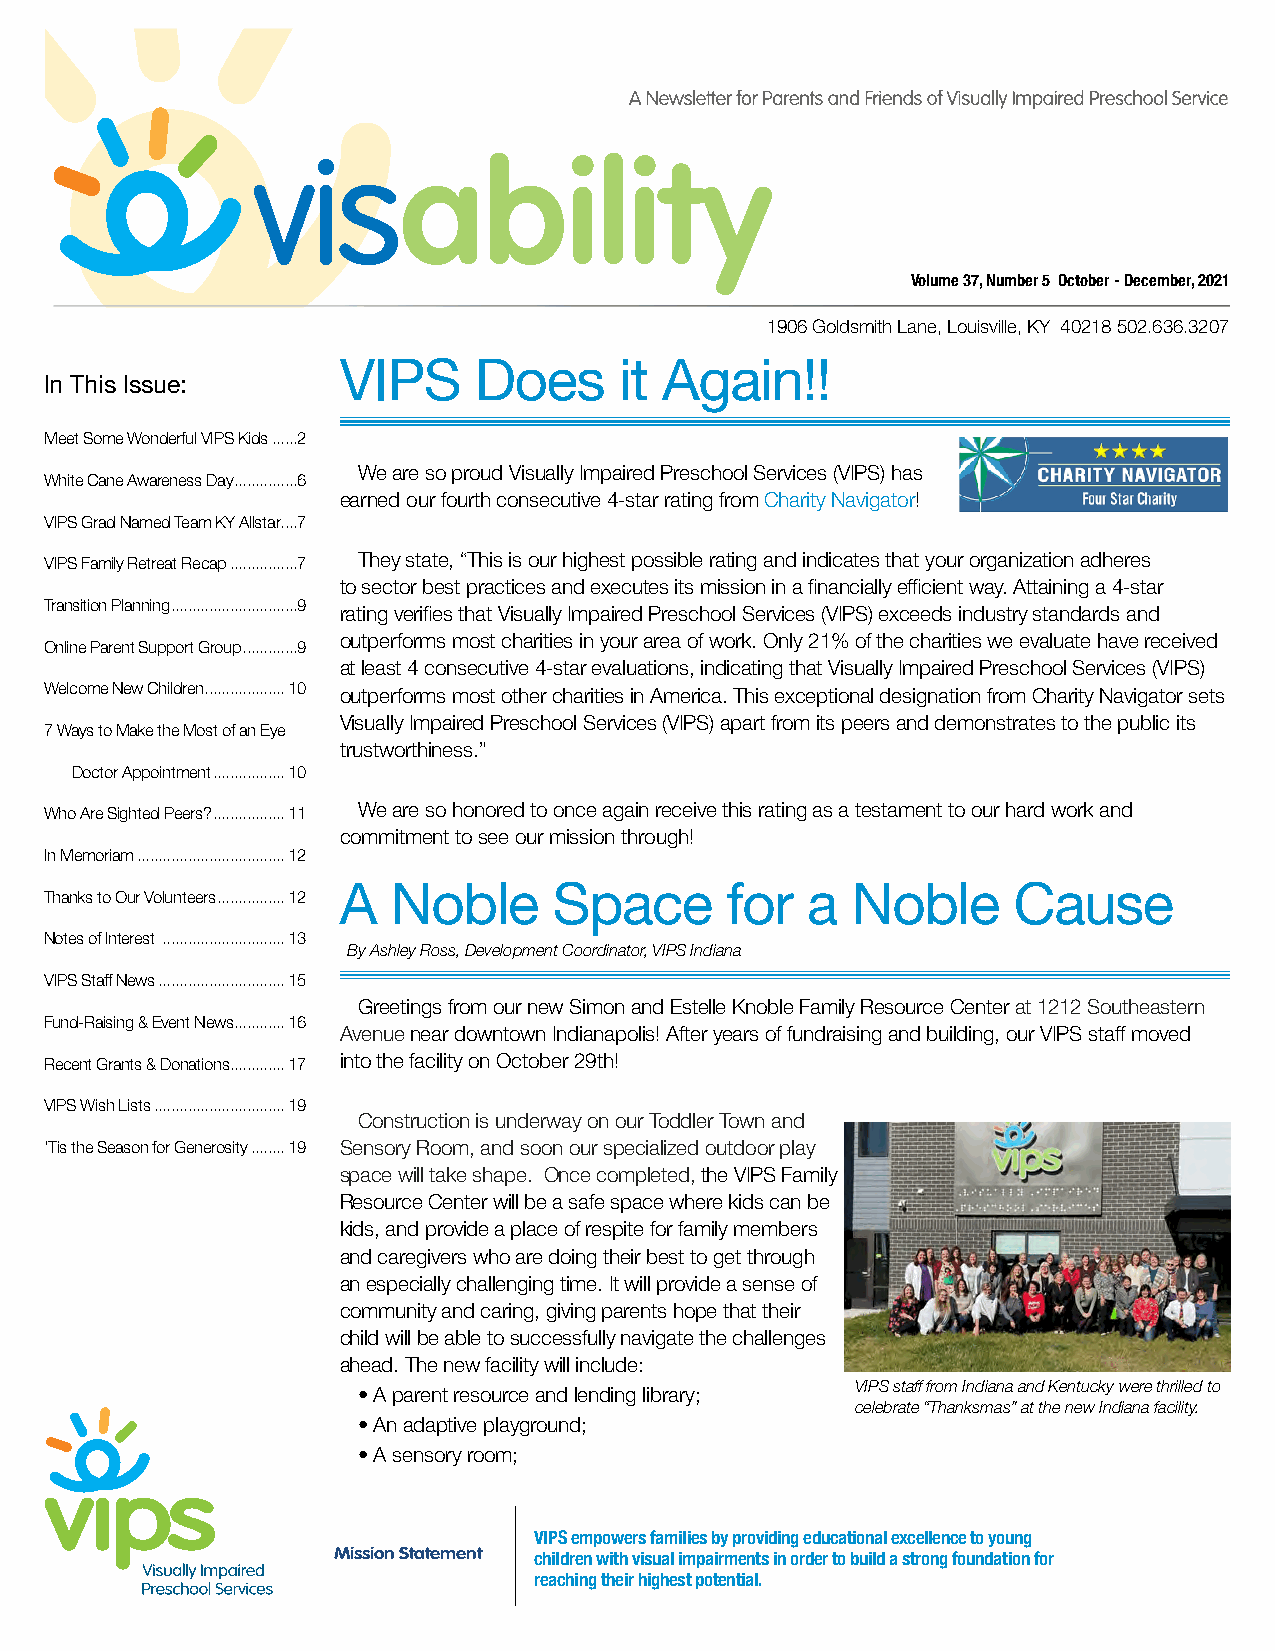
Volume 37, Number 5 October - December, 2021
 1906 Goldsmith Lane, Louisville, KY 40218 502.636.3207
 VIPS     Does      it Again!!
 In This Issue:
 Meet Some Wonderful VIPS Kids ......2
 We are so proud Visually Impaired Preschool Services (VIPS) has
 White Cane Awareness Day ...............6
 earned our fourth consecutive 4-star rating from Charity Navigator!
 VIPS Grad Named Team KY Allstar....7
 VIPS Family Retreat Recap ................7 They state, “This is our highest possible rating and indicates that your organization adheres
 to sector best practices and executes its mission in a financially efficient way. Attaining a 4-star
 Transition Planning ..............................9
 rating verifies that Visually Impaired Preschool Services (VIPS) exceeds industry standards and
 outperforms most charities in your area of work. Only 21% of the charities we evaluate have received
 Online Parent Support Group .............9
 at least 4 consecutive 4-star evaluations, indicating that Visually Impaired Preschool Services (VIPS)
 Welcome New Children ...................10 outperforms most other charities in America. This exceptional designation from Charity Navigator sets
 Visually Impaired Preschool Services (VIPS) apart from its peers and demonstrates to the public its
 7 Ways to Make the Most of an Eye
 trustworthiness.”
 Doctor Appointment .................10
 Who Are Sighted Peers? .................11 We are so honored to once again receive this rating as a testament to our hard work and
 commitment to see our mission through!
 In Memoriam ...................................12
 A   Noble      Space      for  a  Noble      Cause
 Thanks to Our Volunteers ................12
 Notes of Interest .............................13
 By Ashley Ross, Development Coordinator, VIPS Indiana
 VIPS Staff News ..............................15
 Greetings from our new Simon and Estelle Knoble Family Resource Center at 1212 Southeastern
 Fund-Raising & Event News ............16
 Avenue near downtown Indianapolis! After years of fundraising and building, our VIPS staff moved
 Recent Grants & Donations .............17 into the facility on October 29th!
 VIPS Wish Lists ...............................19
 Construction is underway on our Toddler Town and
 ‘Tis the Season for Generosity ........19 Sensory Room, and soon our specialized outdoor play
 space will take shape. Once completed, the VIPS Family
 Resource Center will be a safe space where kids can be
 kids, and provide a place of respite for family members
 and caregivers who are doing their best to get through
 an especially challenging time. It will provide a sense of
 community and caring, giving parents hope that their
 child will be able to successfully navigate the challenges
 ahead. The new facility will include:
 VIPS staff from Indiana and Kentucky were thrilled to
 • A parent resource and lending library;
 celebrate “Thanksmas” at the new Indiana facility.
 • An adaptive playground;
 • A sensory room;
 VIPS empowers families by providing educational excellence to young
 Mission Statement children with visual impairments in order to build a strong foundation for
 reaching their highest potential.